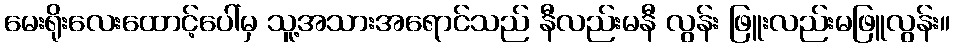
မေးရိုးလေးထောင့်ပေါ်မှ သူ့အသားအရောင်သည် နီလည်းမနီ လွန်း ဖြူးလည်းမဖြူလွန်း။